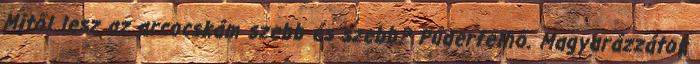
Mitől lesz az arcocskám szebb és szebb? Púderfelhő. Magyarázzátok